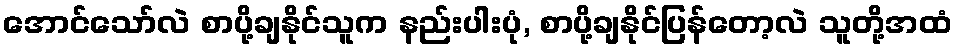
အောင်သော်လဲ စာပို့ချနိုင်သူက နည်းပါးပုံ, စာပို့ချနိုင်ပြန်တော့လဲ သူတို့အထံ